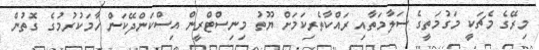
މިރޭގެ މެޗަކީ މަގުމަތީގެ ސަލާމަތާއި ރައްކާތެރިކަމަށް ޔޫތު މިނިސްޓްރީން އިސްކަންދޭކަން ހާމަކުރުމުގެ ގޮތުން